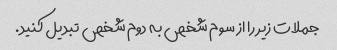
جملات زیر را از سوم شخص به دوم شخص تبدیل کنید.